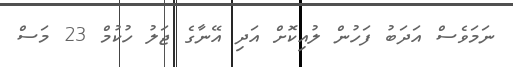
ނަމަވެސް އަދަބު ފަހުން ލުއިކޮށް އަދި އޭނާގެ ޖަލު ހުކުމް 23 މަސް